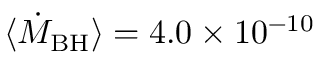
\langle \dot { M } _ { \mathrm { B H } } \rangle = 4 . 0 \times 1 0 ^ { - 1 0 }